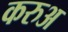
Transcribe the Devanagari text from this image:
करुअ